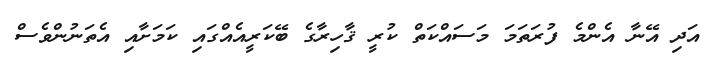
އަދި އޭނާ އެންމެ ފުރަތަމަ މަސައްކަތް ކުރީ ޤާހިރާގެ ބޭކަރީއެއްގައި ކަމަށާއި އެތަނުންވެސް